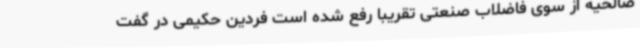
صالحیه از سوی فاضلاب صنعتی تقریباً رفع شده است فردین حکیمی در گفت